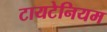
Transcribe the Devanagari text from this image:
टायटेनियम